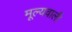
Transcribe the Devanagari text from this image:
मूल्यवाली